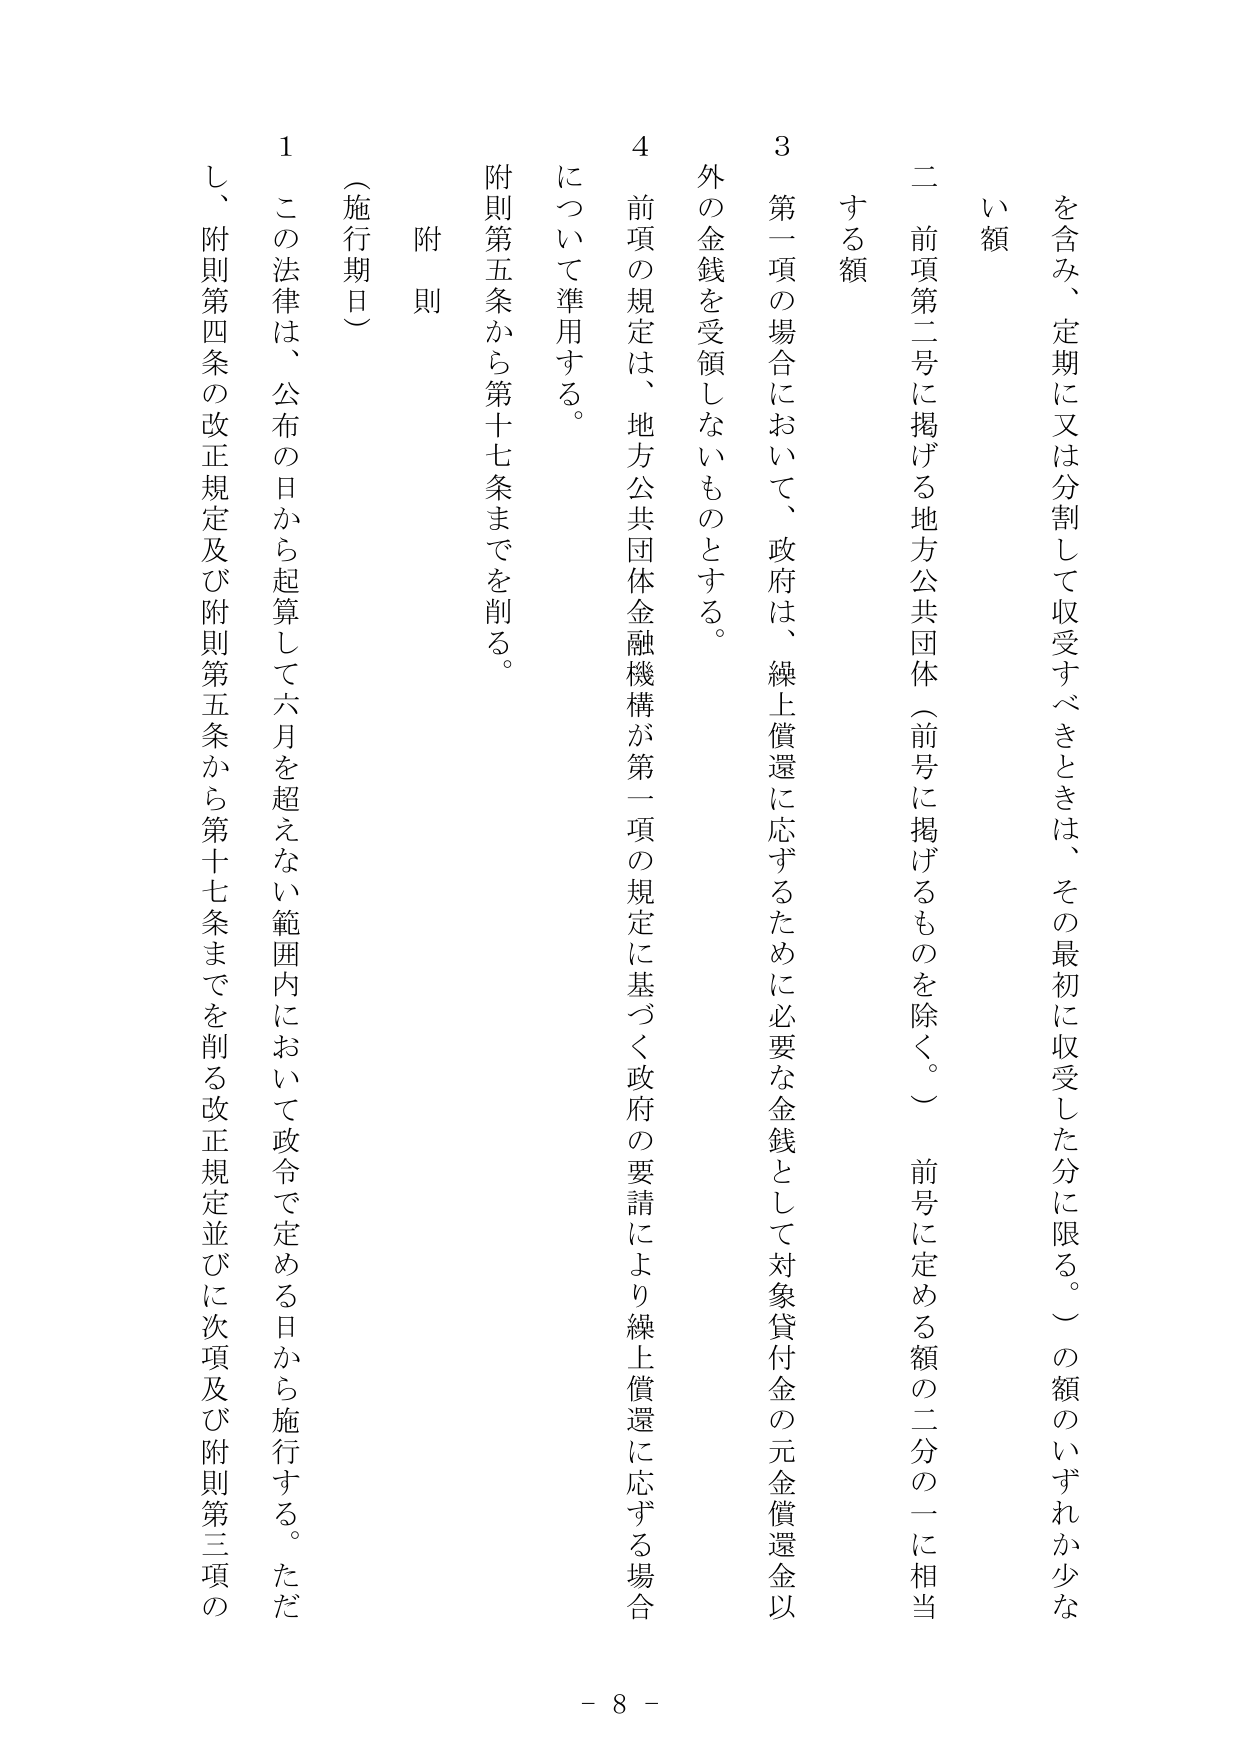
を含み、定期に又は分割して収受すべきときは、その最初に収受した分に限る。）の額のいずれか少な
い額
二 前項第二号に掲げる地方公共団体（前号に掲げるものを除く。）前号に定める額の二分の一に相当
する額
3 第一項の場合において、政府は、繰上償還に応ずるために必要な金銭として対象貸付金の元金償還金以
外の金銭を受領しないものとする。
4 前項の規定は、地方公共団体金融機構が第一項の規定に基づく政府の要請により繰上償還に応ずる場合
について準用する。
附則第五条から第十七条までを削る。
附則
（施行期日）
1 この法律は、公布の日から起算して六月を超えない範囲内において政令で定める日から施行する。ただ
し、附則第四条の改正規定及び附則第五条から第十七条までを削る改正規定並びに次項及び附則第三項の
- 8 -